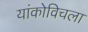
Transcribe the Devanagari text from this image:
यांकोविचला